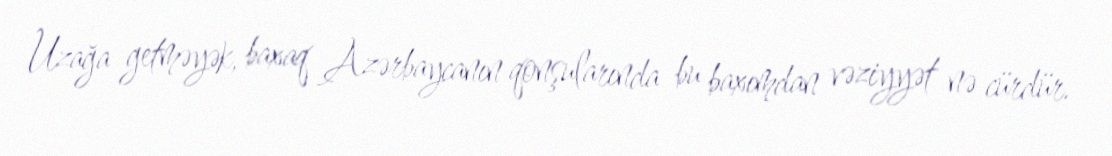
Uzağa getməyək, baxaq Azərbaycanın qonşularında bu baxımdan vəziyyət nə cürdür.